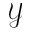
\mathcal { Y }